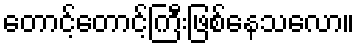
တောင့်တောင့်ကြီးဖြစ်နေသလော။